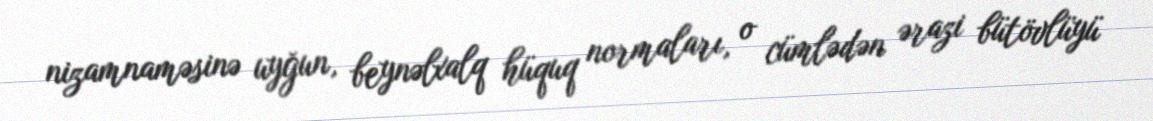
nizamnaməsinə uyğun, beynəlxalq hüquq normaları, o cümlədən ərazi bütövlüyü